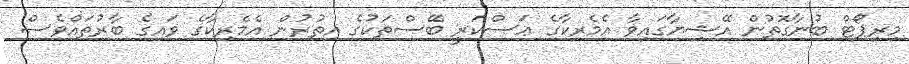
މިރިޕޯޓް ބުނާގޮތުން އޭޝިޔާގައިވާ އެމެރިކާގެ ޢަސްކަރީ ބޭސްތަކުގެ އިތުރުން އެމެރިކާގެ ވައިގެ ބާރުތައްވެސް